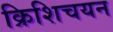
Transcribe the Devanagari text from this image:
क्रिशिचयन